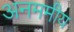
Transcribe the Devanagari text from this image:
अनममीय